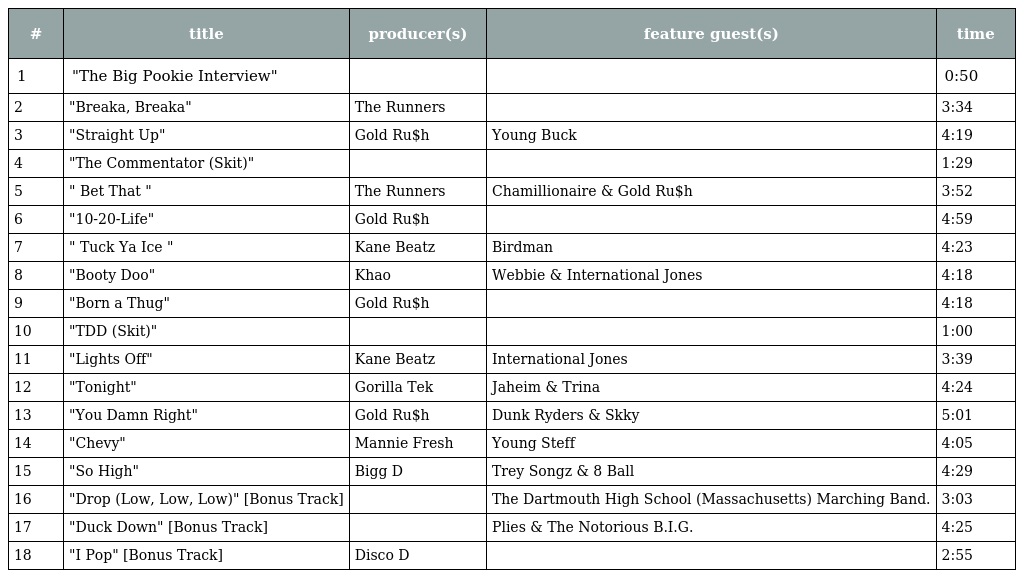
| # | title | producer(s) | feature guest(s) | time |
 | --- | --- | --- | --- | --- |
 | 1 | "The Big Pookie Interview" |  |  | 0:50 |
 | 2 | "Breaka, Breaka" | The Runners |  | 3:34 |
 | 3 | "Straight Up" | Gold Ru$h | Young Buck | 4:19 |
 | 4 | "The Commentator (Skit)" |  |  | 1:29 |
 | 5 | " Bet That " | The Runners | Chamillionaire & Gold Ru$h | 3:52 |
 | 6 | "10-20-Life" | Gold Ru$h |  | 4:59 |
 | 7 | " Tuck Ya Ice " | Kane Beatz | Birdman | 4:23 |
 | 8 | "Booty Doo" | Khao | Webbie & International Jones | 4:18 |
 | 9 | "Born a Thug" | Gold Ru$h |  | 4:18 |
 | 10 | "TDD (Skit)" |  |  | 1:00 |
 | 11 | "Lights Off" | Kane Beatz | International Jones | 3:39 |
 | 12 | "Tonight" | Gorilla Tek | Jaheim & Trina | 4:24 |
 | 13 | "You Damn Right" | Gold Ru$h | Dunk Ryders & Skky | 5:01 |
 | 14 | "Chevy" | Mannie Fresh | Young Steff | 4:05 |
 | 15 | "So High" | Bigg D | Trey Songz & 8 Ball | 4:29 |
 | 16 | "Drop (Low, Low, Low)" [Bonus Track] |  | The Dartmouth High School (Massachusetts) Marching Band. | 3:03 |
 | 17 | "Duck Down" [Bonus Track] |  | Plies & The Notorious B.I.G. | 4:25 |
 | 18 | "I Pop" [Bonus Track] | Disco D |  | 2:55 |